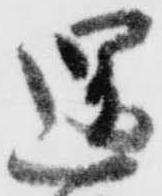
還